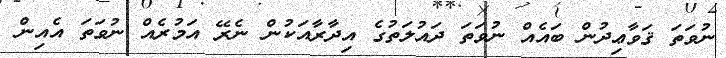
ނުވަތަ ޤަވާޢިދުން ބައެއް ނުވަތަ ދައުލަތުގެ އިދާރާއަކުން ނެރޭ އަމުރެއް ނުވަތަ އެއިން